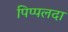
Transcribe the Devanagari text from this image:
पिप्‍पलदा